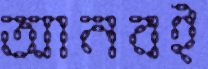
আনবই